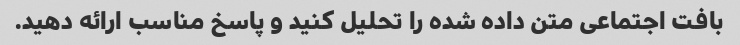
بافت اجتماعی متن داده شده را تحلیل کنید و پاسخ مناسب ارائه دهید.